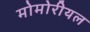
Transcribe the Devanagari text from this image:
मोमोरीयल